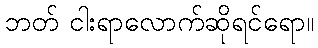
ဘတ် ငါးရာလောက်ဆိုရင်ရော။